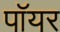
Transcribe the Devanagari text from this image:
पॉयर